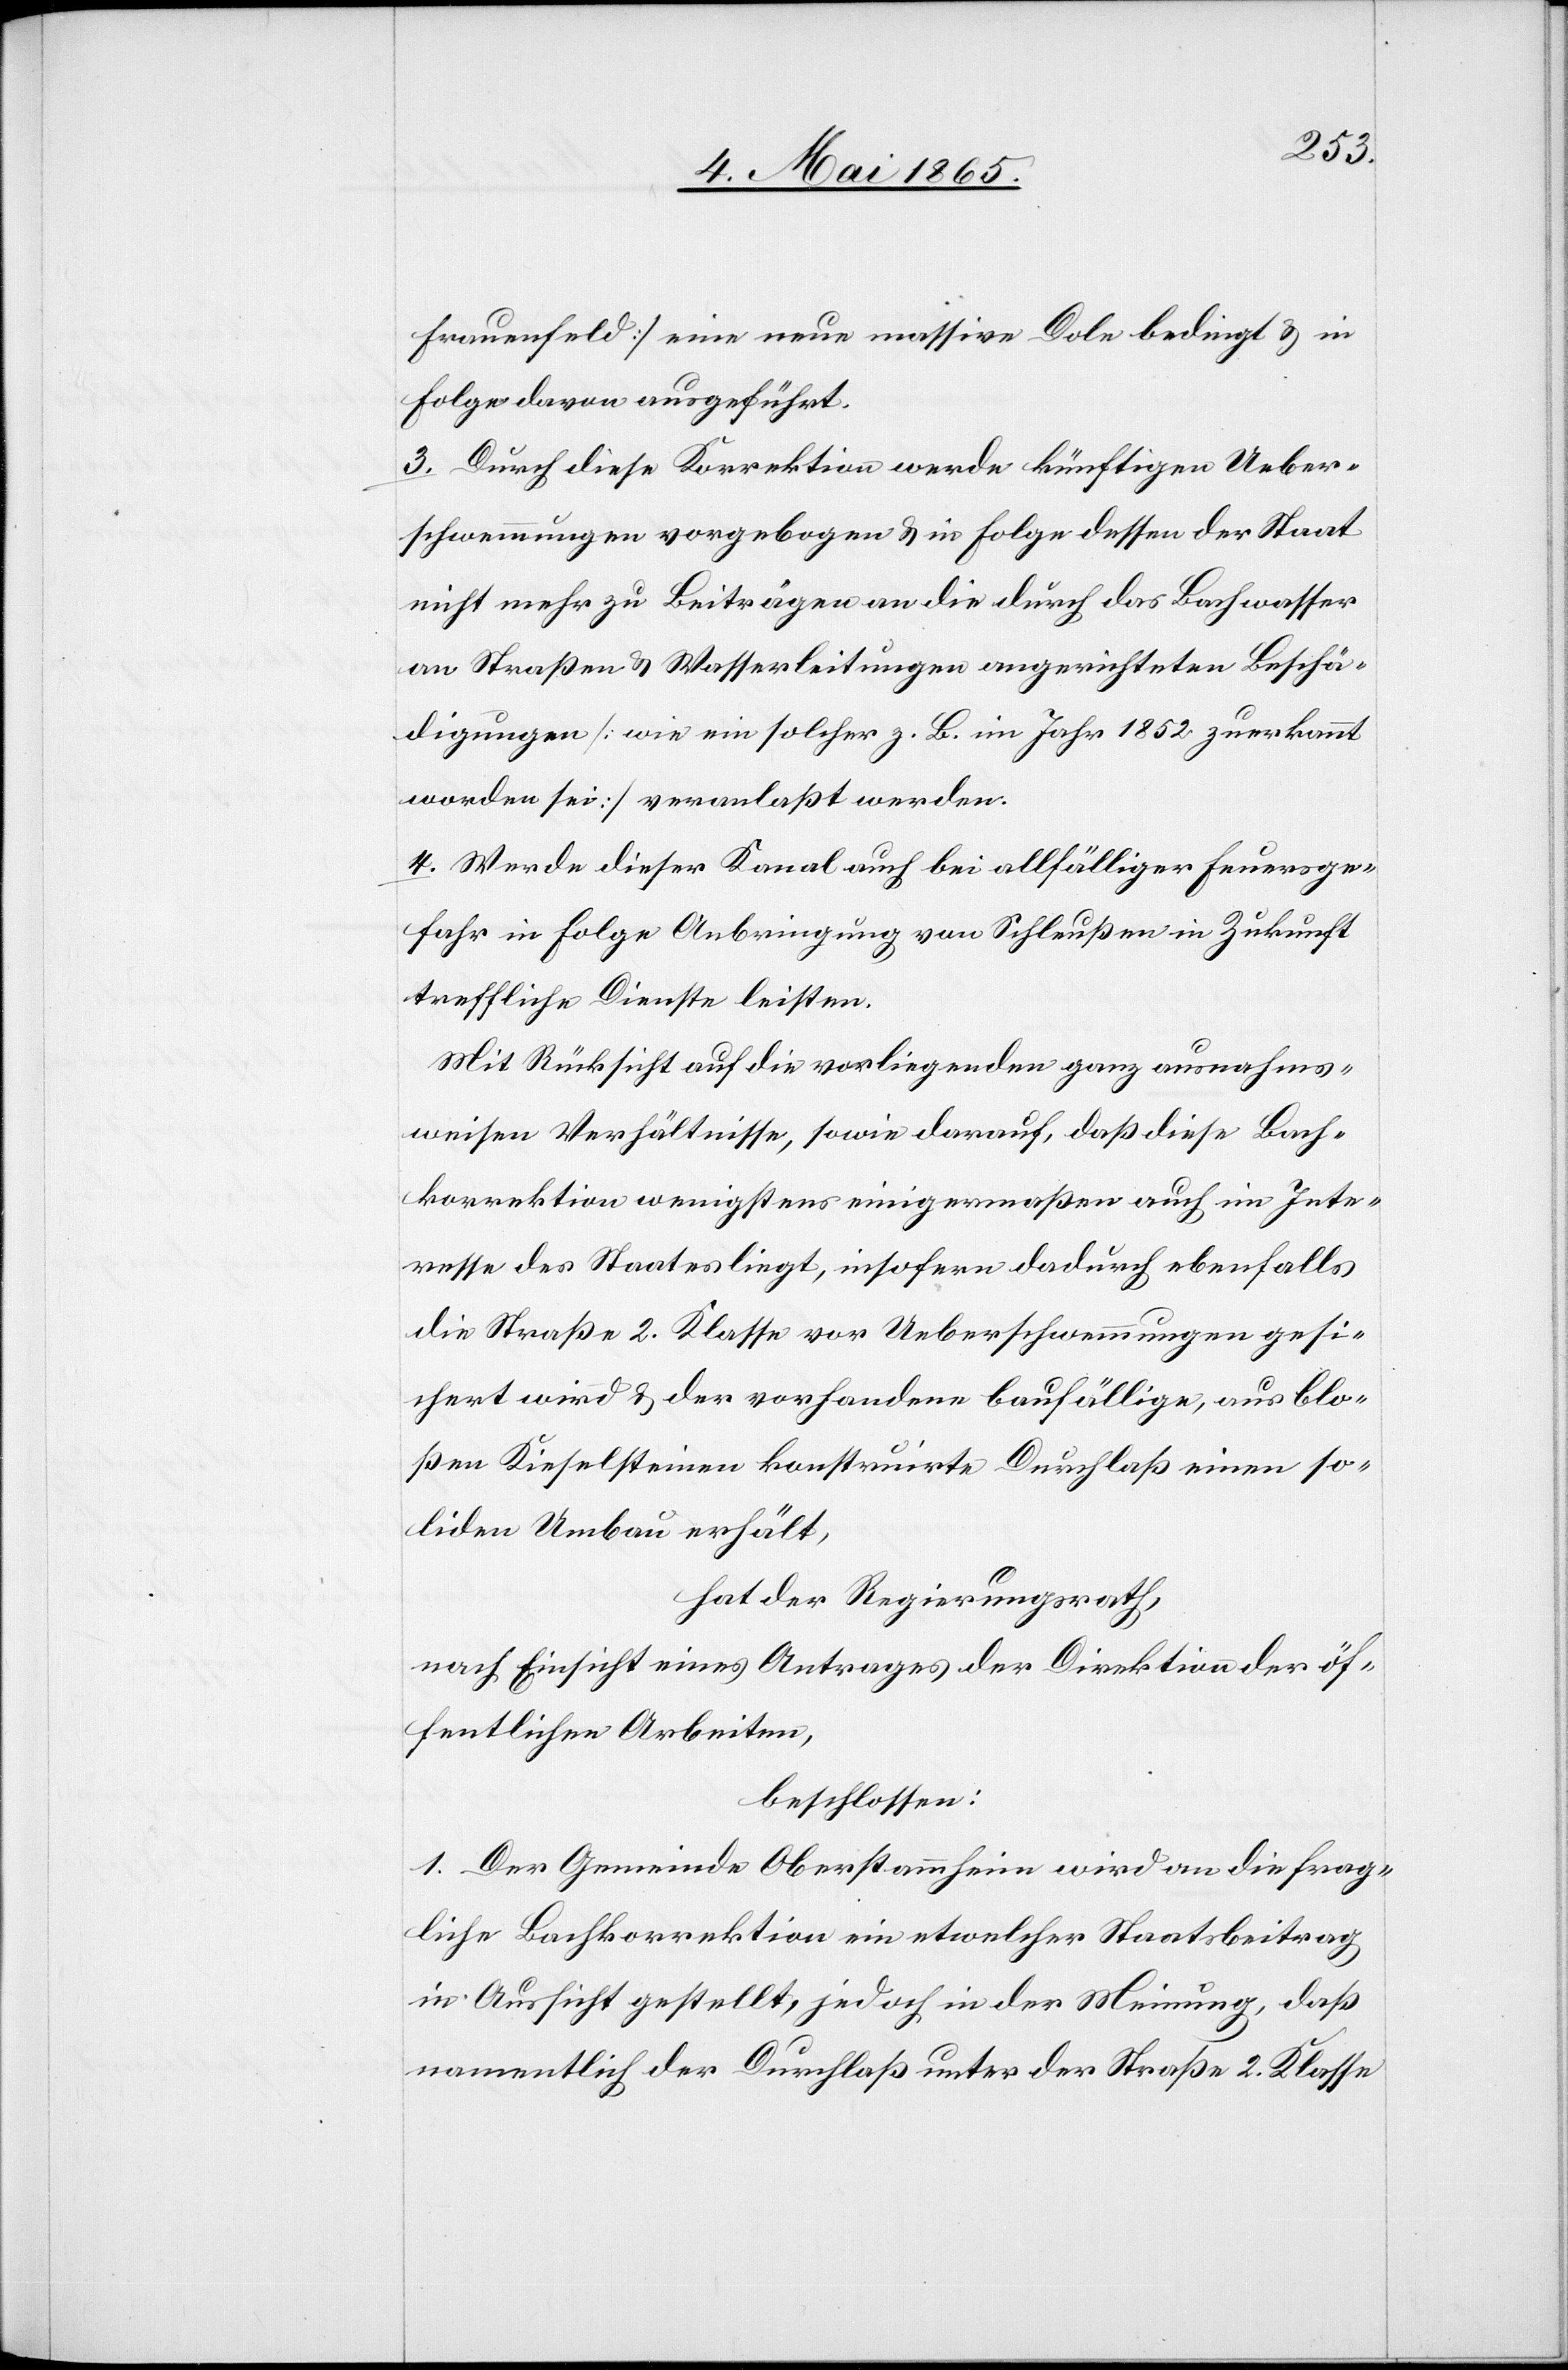
Frauenfeld] eine neue massive Dole bedingt & in
Folge davon ausgeführt.
3. Durch diese Korrektion werde künftigen Ueber¬
schwemmungen vorgebogen & in Folge dessen der Staat
nicht mehr zu Beiträgen an die durch das Bachwasser
an Straßen & Wasserleitungen angerichteten Beschä¬
digungen [wie ein solcher z. B. im Jahr 1852 zuerkannt
worden sei] veranlaßt werden.
4. Werde dieser Kanal auch bei allfälligen Feuersge¬
fahr in Folge Anbringung von Schleußen in Zukunft
treffliche Dienste leisten.
Mit Rücksicht auf die vorliegenden ganz ausnahms¬
weisen Verhältnisse, sowie darauf, daß diese Bach¬
korrektion wenigstens einigermaßen auch im Inte¬
resse des Staates liegt, insofern dadurch ebenfalls
die Straße 2. Klasse vor Ueberschwemmungen gesi¬
chert wird & der vorhandene baufällige, aus blo¬
ßen Kieselsteinen konstruirte Durchlaß einen so¬
liden Umbau erhält,
hat der Regierungsrath,
nach Einsicht eines Antrages der Direktion der öf¬
fentlichen Arbeiten,
beschlossen:
1. Der Gemeinde Oberstammheim wird an die frag¬
liche Bachkorrektion ein etwelcher Staatsbeitrag
in Aussicht gestellt, jedoch in der Meinung, daß
namentlich der Durchlaß unter der Straße 2. Klasse